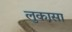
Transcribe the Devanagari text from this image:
लुकासा